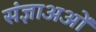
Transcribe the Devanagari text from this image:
संज्ञाअओं